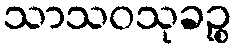
သာသဝသုခဉ္စ